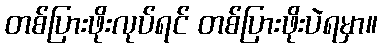
တစ်ပြားဖိုးလုပ်ရင် တစ်ပြားဖိုးပဲရမှာ။